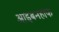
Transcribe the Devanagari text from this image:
आइबनहाफ